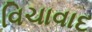
વિચાવાદ